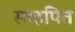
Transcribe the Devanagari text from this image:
स्तहपित